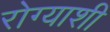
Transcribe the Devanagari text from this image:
रोग्याशी